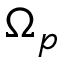
\Omega _ { p }